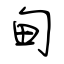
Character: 甸